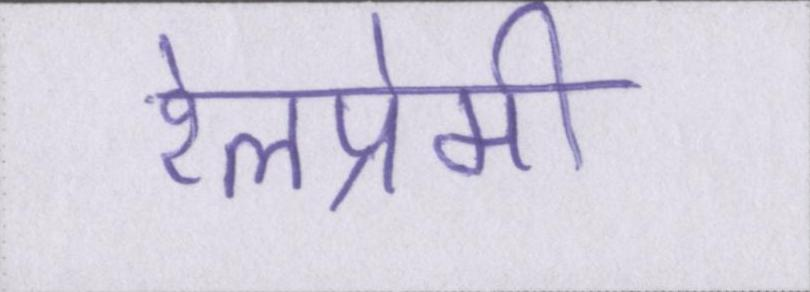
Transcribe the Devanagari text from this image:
रेलप्रेमी